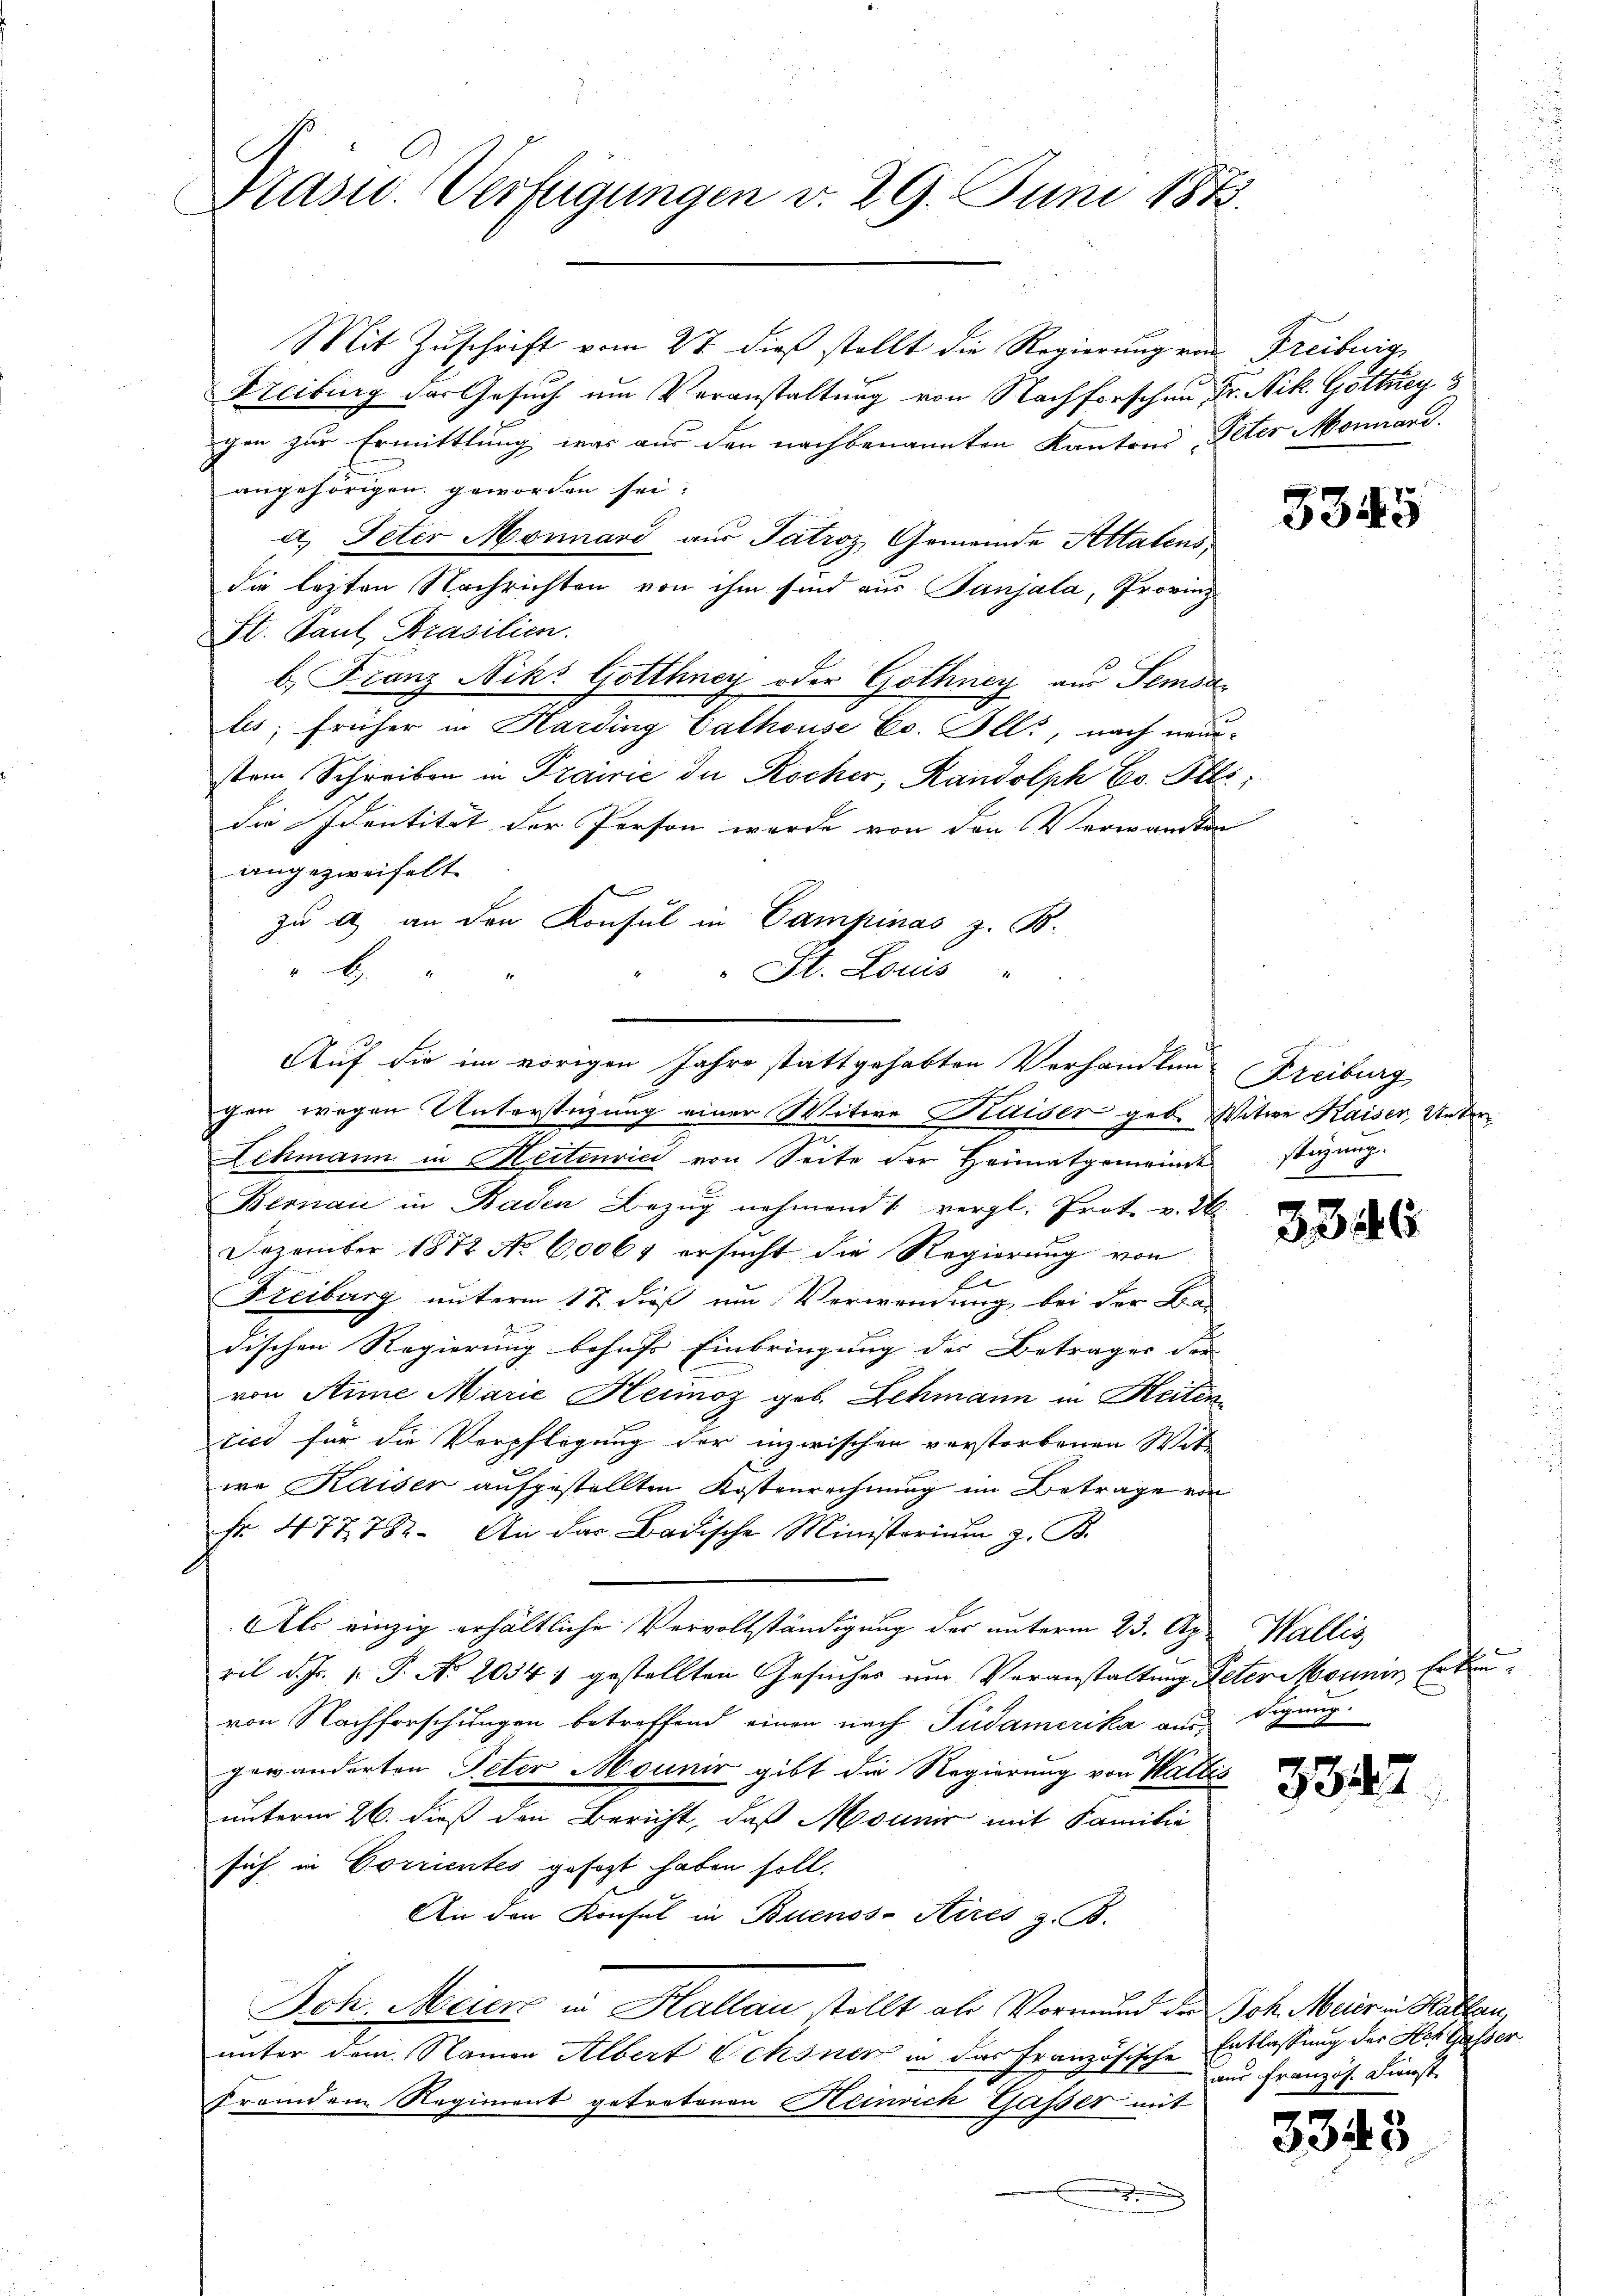
Präsid.. Verfügungen v. 29. Juni 1873.

Mit Zuschrift vom 27. dieß stellt die Regierung von Freiburg,
Freiburg der Gesuch um Veranstaltung von Nachforschen Dr. Nik. Göthey 3
gen zur Ermittlung war aus den nachbenannten Kantons Peter Monnand
angehörigen geworden sei.
ct. Peter Monnard aus Patroz, Gemeinde Attatens
die lezten Nachrichten von ihm sind aus Sanjala, Provinz
St. Paul Prasilien.
b. Franz Niks Gotthney oder Gothney aus Semsales; früher in Harding Cathouse Cc. Ill., nach neue
stem Schreiben in Prairić der Kocher, Randolph E. St
die Identität der Person werde von den Verwandten
angezweifelt
b.
1
gen wegen Unterstüzung einer Witwe Kaiser geb. Witwe Kaiser, Unter¬
Lehmann in Meitenvici von Seite der Heimatgemeinde stüzung
Bernau in Baden Bezŭg nehmend 1 vergl. Prot. v. 26
Dezember 1872 No 6,0064 ersucht die Regierung von
Freiburg unterm 17. dieß um Verwendung bei der Ba-
d
dischen Regierung behufs Einbringung des Betrages der
von Anne Marie Heimoz geb. Lehmann in Reiten
lied für die Verpflegung der inzwischen verstorbenen Wet
we Kaiser aufgestellten Kostenrechnung im Betrage von
Fr. 477 782. An das Badische Ministerium z. B.
Als einzig erhältliche Vervollständigung der unterm 23. Apr Wallis
ril d. Js. v. P. No 2034 1 gestellten Gesucher um Veranstaltung Peter Mannin Erken
von Nachforschungen betreffend einen nach Judamerika aus Sigung.
gewänderten Peter Mounir gibt die Regierung von Wattis
unterm 26. dieß den Bericht, daß Mounir mit Familie
sich in Corrientes gesezt haben soll.
An den Konsul in Buenos Aires z. B.
den
Ich. Meiers in Hallau stellt als Vormund der Joh. Mairin Hallen
unter dem Namen Albert Ochsner in das französische Entlassung der Ach Gasser
fremden Regiment getratonen Heinrich Gasser mit
.

zu & an den Konsul in Campinas z. B.
 St. Louis
Auf die im vorigen Jahre stattgehabten Verhandlung Freiburg

3345

3346

3342

aus Französ. Dienst

33.

3